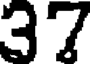
37